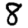
Digit: 8